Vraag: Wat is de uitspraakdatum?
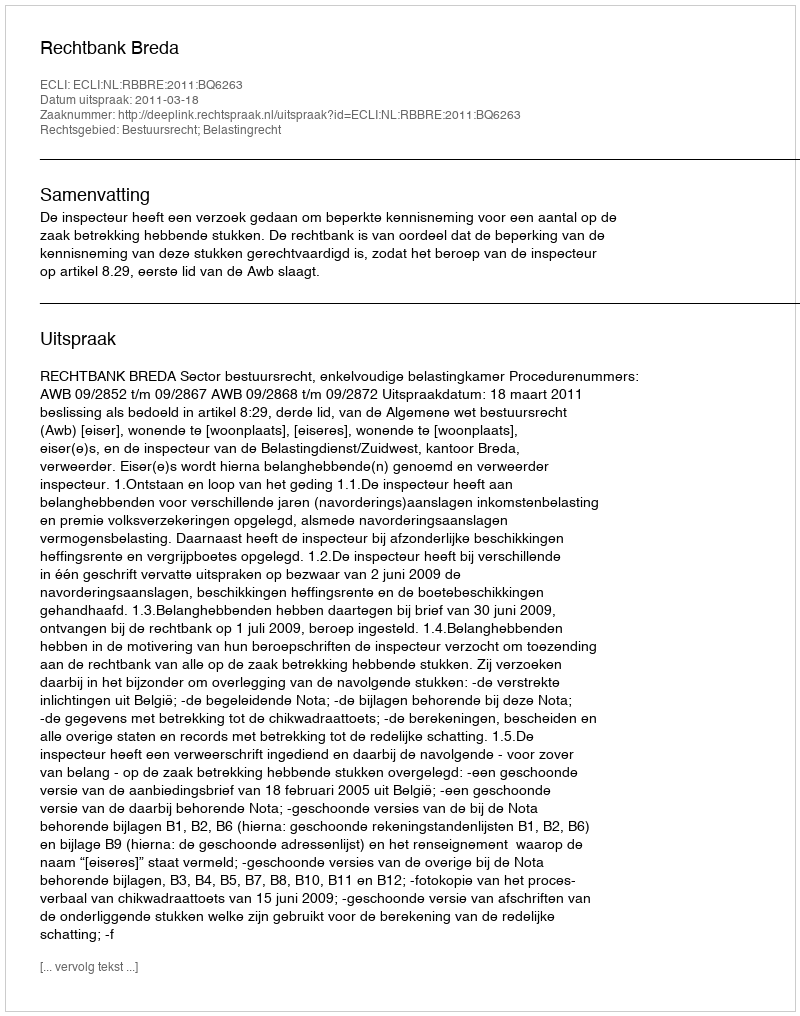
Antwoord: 2011-03-18